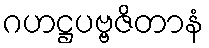
ဂဟဋ္ဌပဗ္ဗဇိတာနံ